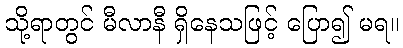
သို့ရာတွင် မီလာနီ ရှိနေသဖြင့် ပြော၍ မရ။